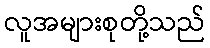
လူအများစုတို့သည်